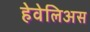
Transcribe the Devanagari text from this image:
हेवेलिअस